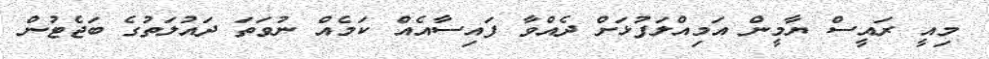
މިއީ ރައީސް ޔާމީން އަމިއްލަފުޅަށް ދެއްވާ ފައިސާއެއް ކަމެއް ނުވަތަ ދައުލަތުގެ ބަޖެޓުން